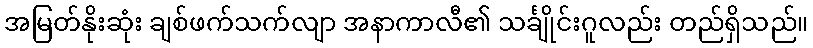
အမြတ်နိုးဆုံး ချစ်ဖက်သက်လျာ အနာကာလီ၏ သင်္ချိုင်းဂူလည်း တည်ရှိသည်။